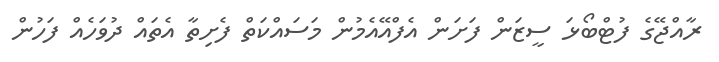
ރާއްޖޭގެ ފުޓްބޯޅަ ސީޒަން ފަށަން އެފްއޭއެމުން މަސައްކަތް ފެށިތާ އެތައް ދުވަހެއް ފަހުން